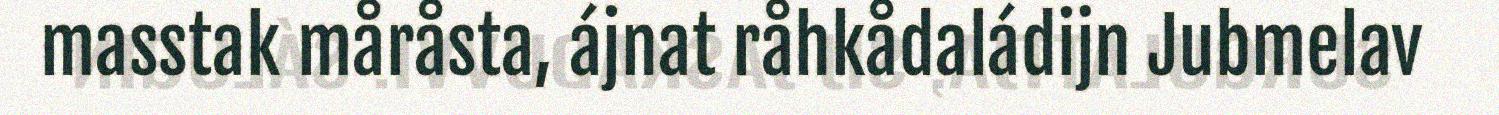
masstak måråsta, ájnat råhkådaládijn Jubmelav